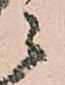
ニ